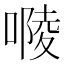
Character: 𠻱